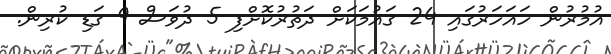
އުމުރުން ހައަހަރުގައި 24 ގައުމަކަށް ދަތުރުކޮށްފި 5 ދުވަސް 9 ގަޑި ކުރިން.